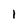
Character: 1